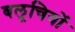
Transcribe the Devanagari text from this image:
बलूचियों